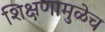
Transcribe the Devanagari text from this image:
शिक्षणामुळेच